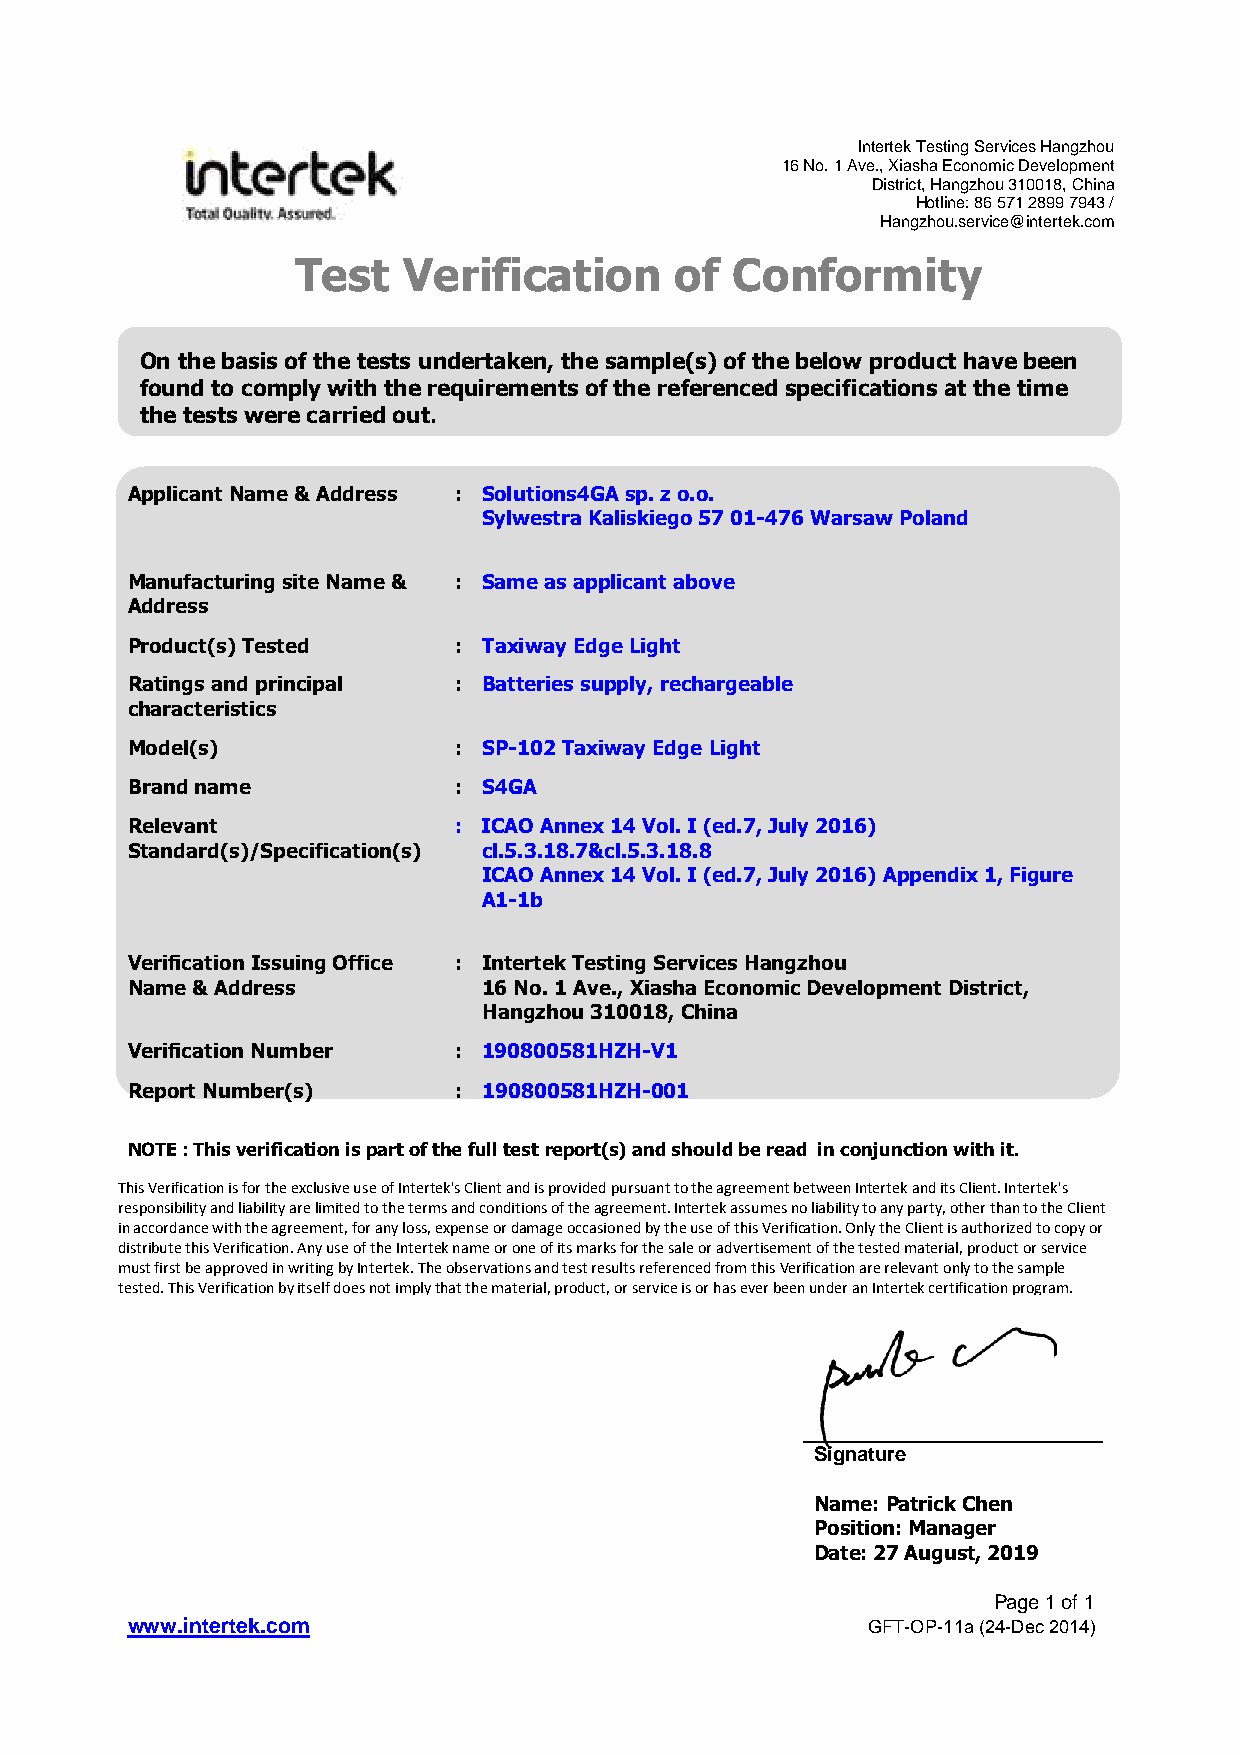
Intertek Testing Services Hangzhou
 16 No. 1 Ave., Xiasha Economic Development
 District, Hangzhou 310018, China
 Hotline: 86 571 2899 7943 /
 Hangzhou.service@intertek.com
 Test   Verification      of Conformity
 On the basis of the tests undertaken, the sample(s) of the below product have been
 found to comply with the requirements of the referenced specifications at the time
 the tests were carried out.
 Applicant Name & Address : Solutions4GA sp. z o.o.
 Sylwestra Kaliskiego 57 01-476 Warsaw Poland
 Manufacturing site Name & : Same as applicant above
 Address
 Product(s) Tested     : Taxiway Edge Light
 Ratings and principal : Batteries supply, rechargeable
 characteristics
 Model(s)              : SP-102 Taxiway Edge Light
 Brand name            : S4GA
 Relevant              : ICAO Annex 14 Vol. I (ed.7, July 2016)
 Standard(s)/Specification(s) cl.5.3.18.7&cl.5.3.18.8
 ICAO Annex 14 Vol. I (ed.7, July 2016) Appendix 1, Figure
 A1-1b
 Verification Issuing Office : Intertek Testing Services Hangzhou
 Name & Address          16 No. 1 Ave., Xiasha Economic Development District,
 Hangzhou 310018, China
 Verification Number   : 190800581HZH-V1
 Report Number(s)      : 190800581HZH-001
 NOTE : This verification is part of the full test report(s) and should be read in conjunction with it.
 This Verification is for the exclusive use of Intertek's Client and is provided pursuant to the agreement between Intertek and its Client. Intertek's
 responsibility and liability are limited to the terms and conditions of the agreement. Intertek assumes no liability to any party, other than to the Client
 in accordance with the agreement, for any loss, expense or damage occasioned by the use of this Verification. Only the Client is authorized to copy or
 di stribute this Verification. Any use of the Intertek name or one of its marks for the sale or advertisement of the tested material, product or service
 m ust first be approved in writing by Intertek. The observations and test results referenced from this Verification are relevant only to the sample
 tested. This Verification by itself does not imply that the material, product, or service is or has ever been under an Intertek certification program.
 Signature
 Name: Patrick Chen
 Position: Manager
 Date: 27 August, 2019
 Page 1 of 1
 www.intertek.com                                 GFT-OP-11a (24-Dec 2014)